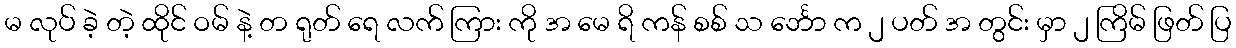
မ လုပ် ခဲ့ တဲ့ ထိုင် ဝမ် နဲ့ တ ရုတ် ရေ လက် ကြား ကို အ မေ ရိ ကန် စစ် သ င်္ဘော က ၂ ပတ် အ တွင်း မှာ ၂ ကြိမ် ဖြတ် ပြ